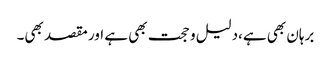
برہان بھی ہے،دلیل و حجت بھی ہے اور مقصد بھی۔